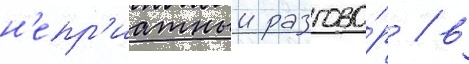
н'епр'иатныи разгово́р / в